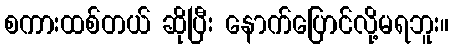
စကားထစ်တယ် ဆိုပြီး နောက်ပြောင်လို့မရဘူး။